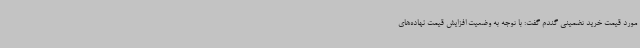
مورد قیمت خرید تضمینی گندم گفت: با توجه به وضعیت افزایش قیمت نهاده‌های